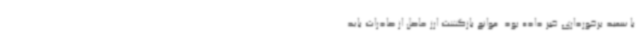
با سعید برخورداری خبر داده بود. موانع بازگشت ارز حاصل از صادرات باید